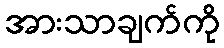
အားသာချက်ကို